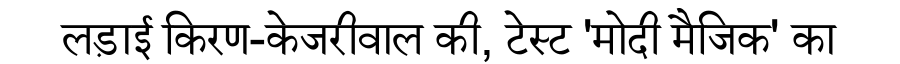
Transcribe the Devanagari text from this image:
लड़ाई किरण-केजरीवाल की, टेस्ट 'मोदी मैजिक' का